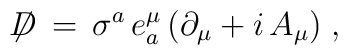
\not \!\! D \,=\, \sigma^a \, e^{\mu}_a \, (\partial_{\mu} + i \,A_{\mu}) \;,